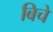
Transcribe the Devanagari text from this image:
बिचे